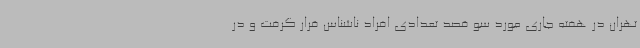
تهران در هفته جاری مورد سو قصد تعدادی افراد ناشناس قرار گرفت و در